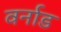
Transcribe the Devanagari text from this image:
वर्नाड